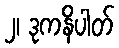
၂၊ ဒုကနိပါတ်